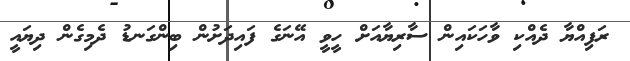
ރަފިއްޔާ ދެއްކި ވާހަކައިން ސާރިޔާއަށް ހީވީ އޭނަގެ ފައިދަށުން ބިންގަނޑު ދެމިގެން ދިޔައީ